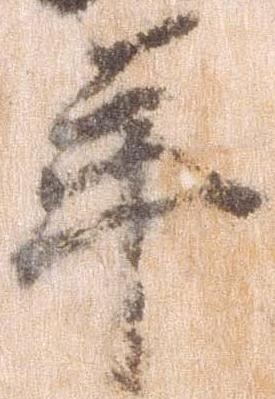
年